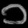
Digit: ၁